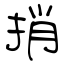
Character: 捎